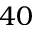
4 0